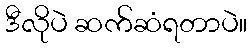
ဒီလိုပဲ ဆက်ဆံရတာပဲ။